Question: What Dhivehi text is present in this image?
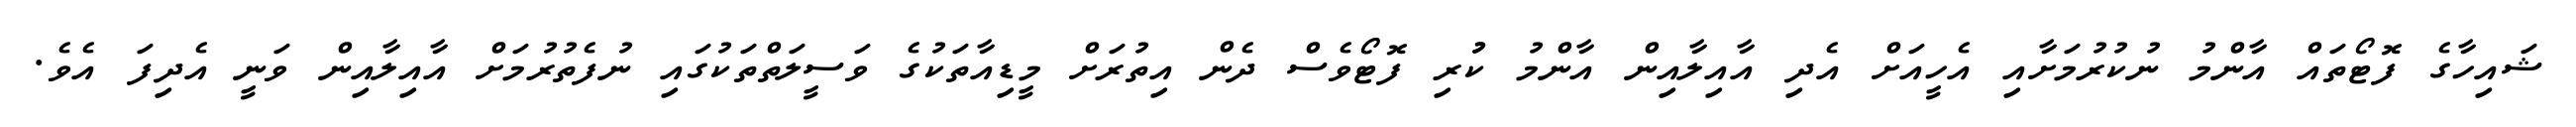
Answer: ޝައިހާގެ ފޮޓޯތައް އާންމު ނުކުރުމަށާއި އެހީއަށް އެދި އާއިލާއިން އާންމު ކުުރި ފޮޓޯވެސް ދެން އިތުރަށް މީޑިއާތަކުގެ ވަސީލަތްތަކުގައި ނުފެތުރުމަށް އާއިލާއިން ވަނީ އެދިފަ އެވެ.